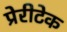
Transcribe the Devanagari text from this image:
प्रेरीटेक